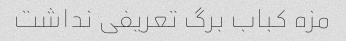
مزه کباب برگ تعریفی نداشت